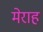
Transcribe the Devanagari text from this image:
मेराह